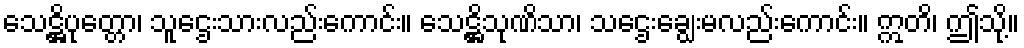
သေဋ္ဌိပုတ္တော၊ သူဌေးသားလည်းကောင်း။ သေဋ္ဌိသုဏိသာ၊ သဌေးချွေးမလည်းကောင်း။ ဣတိ၊ ဤသို့။